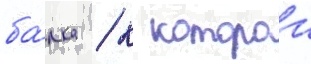
ба́лка / к которои